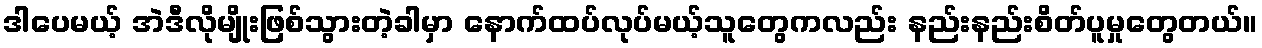
ဒါပေမယ့် အဲဒီလိုမျိုးဖြစ်သွားတဲ့ခါမှာ နောက်ထပ်လုပ်မယ့်သူတွေကလည်း နည်းနည်းစိတ်ပူမှုတွေတယ်။